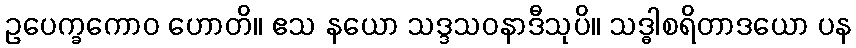
ဥပေက္ခကောဝ ဟောတိ။ ဧသ နယော သဒ္ဒသဝနာဒီသုပိ။ သဒ္ဓါစရိတာဒယော ပန